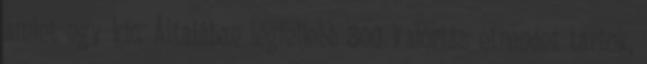
amint egy kic. Általában legfeljebb 800 kalóriás étrendet tartok,